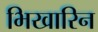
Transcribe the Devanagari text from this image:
भिखारिन